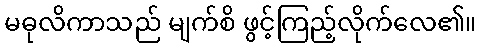
မဓုလိကာသည် မျက်စိ ဖွင့်ကြည့်လိုက်လေ၏။